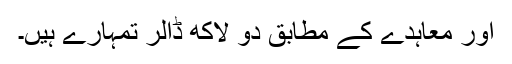
اور معاہدے کے مطابق دو لاکھ ڈالر تمہارے ہیں۔